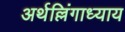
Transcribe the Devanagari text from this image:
अर्थल्लिंगाध्याय